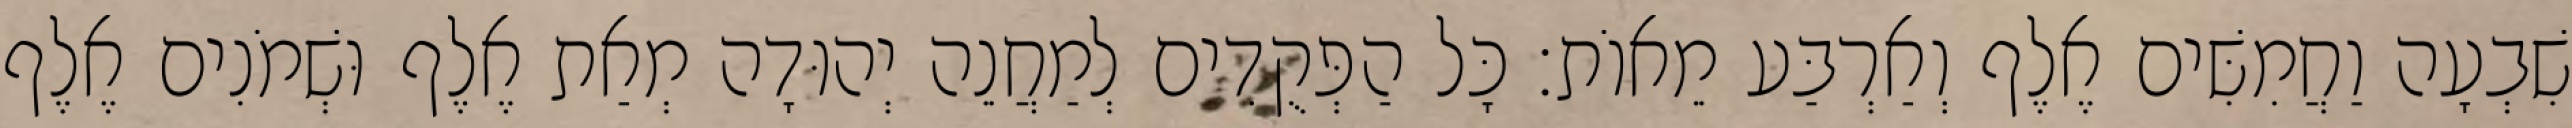
שִׁבְעָה וַחֲמִשִּׁים אֶלֶף וְאַרְבַּע מֵאוֹת׃ כָּל הַפְּקֻדִים לְמַחֲנֵה יְהוּדָה מְאַת אֶלֶף וּשְׁמֹנִים אֶלֶף